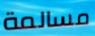
مسالمة